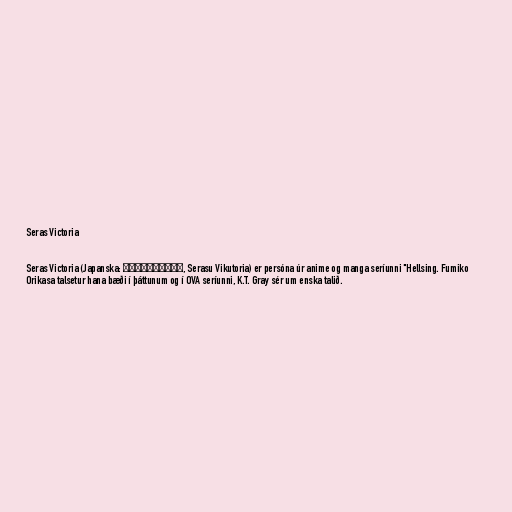
Seras Victoria

Seras Victoria (Japanska: セラス・ヴィクトリア, Serasu Vikutoria) er persóna úr anime og manga seríunni "Hellsing. Fumiko
Orikasa talsetur hana bæði í þáttunum og í OVA seríunni, K.T. Gray sér um enska talið.